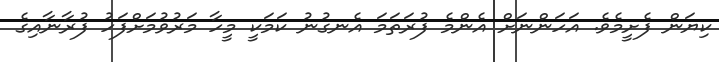
ކިޔަން ފެށީމެވެ. އަހަންނަށް އެންމެ ފުރަތަމަ އެނގުނު ކަމަކީ މީހާ މަރުވުމަށްފަހު ފުރާނާއިގެ